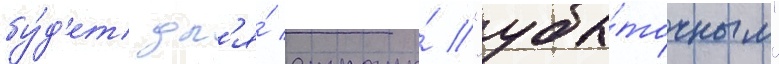
бу́д'ет дл'я́ страны́ "убы́точным"